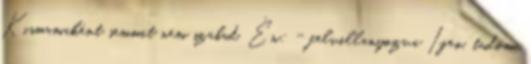
Kismamaként semmit nem szabad. Én: - felvillanyozva Igen, tudom.